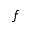
\boldsymbol { f }